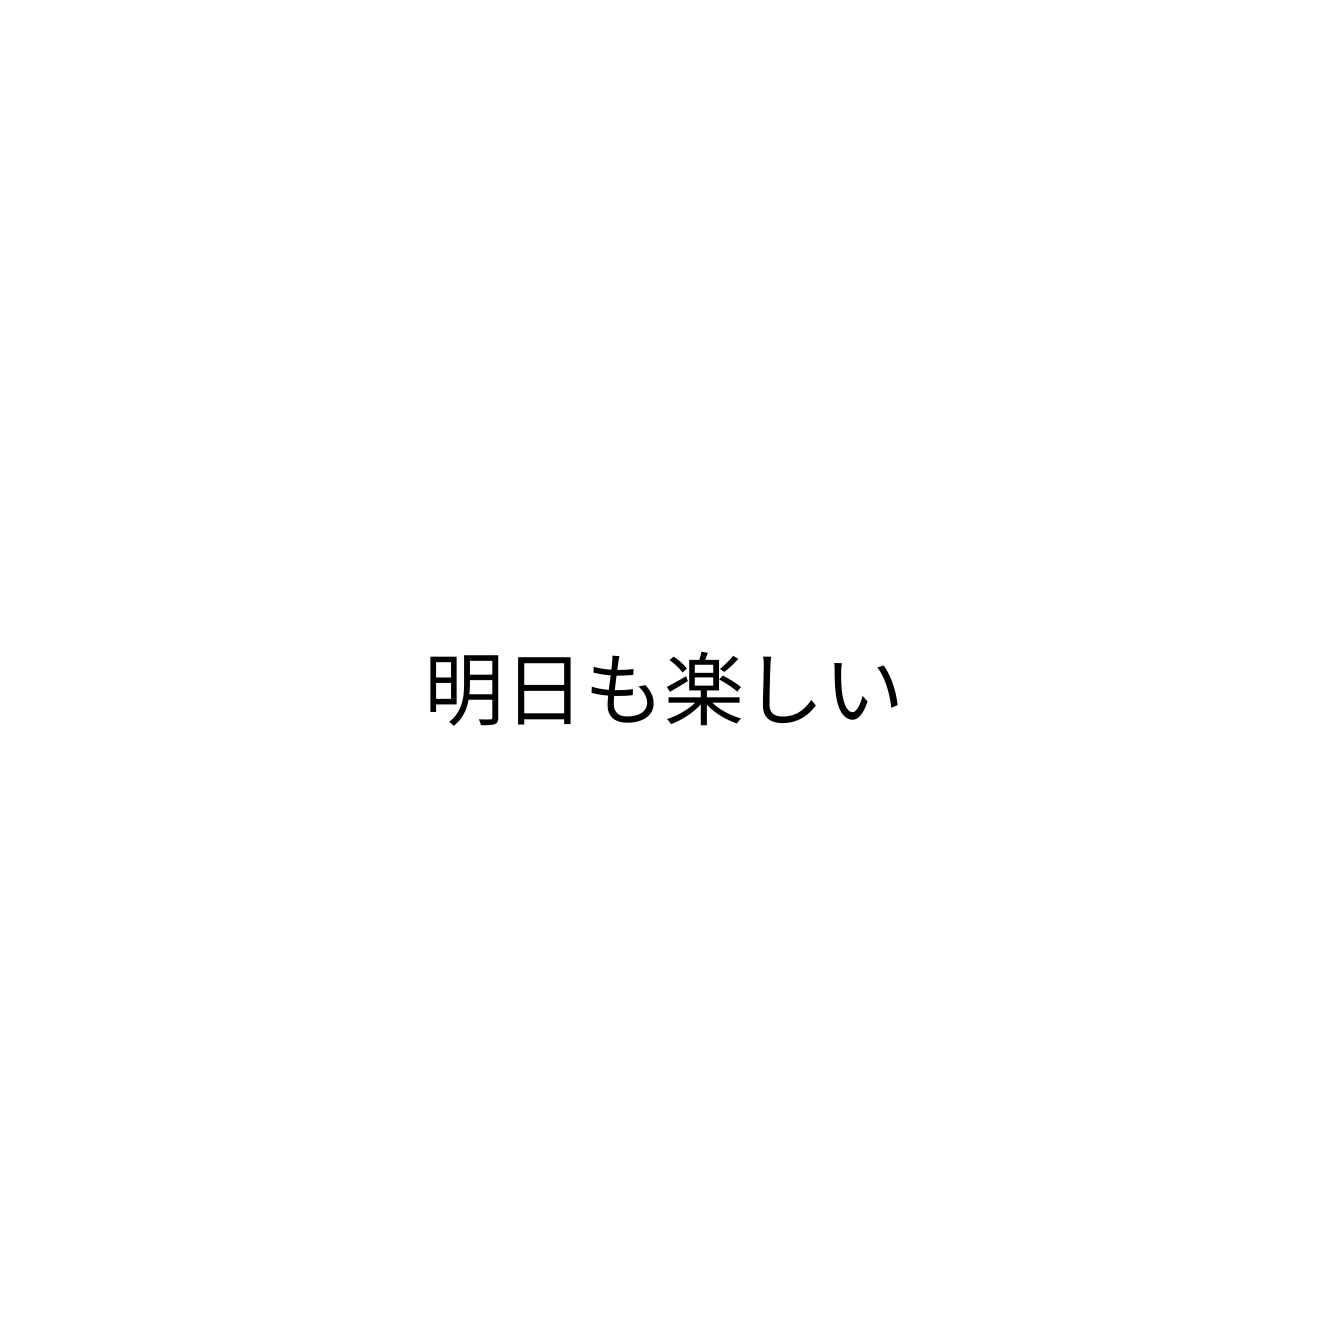
明日も楽しい